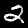
Digit: 2